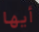
أيها